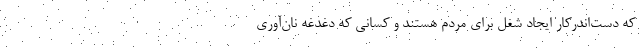
که دست‌اندرکار ایجاد شغل برای مردم هستند و کسانی که دغدغه نان‌آوری